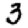
Digit: 3